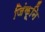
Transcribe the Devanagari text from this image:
जिंकूनि